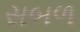
સબળ